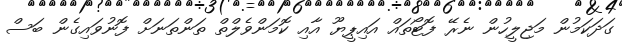
ގަދަކަމުން މަޖިލީހުން ނެރޭ ފޮޓޯތައް އައިޕީޔޫ އާއި ކޮމަންވެލްތް ތަންތަނަށް ފޮނުވައިގެން ބަސް